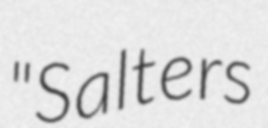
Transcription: "Salters